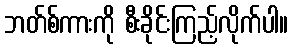
ဘတ်စ်ကားကို စီးခိုင်းကြည့်လိုက်ပါ။